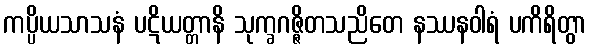
ကပ္ပိယသာသနံ ပဋိယတ္တာနိ သုက္ခဂဇ္ဇိတသညိတေ နဿနဝါရံ ပကိရိတွာ